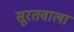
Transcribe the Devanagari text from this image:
सूरतवाला